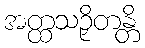
အတ္ထသဉှိတန္တိ